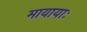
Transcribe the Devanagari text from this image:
मायायाः